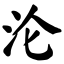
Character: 沦